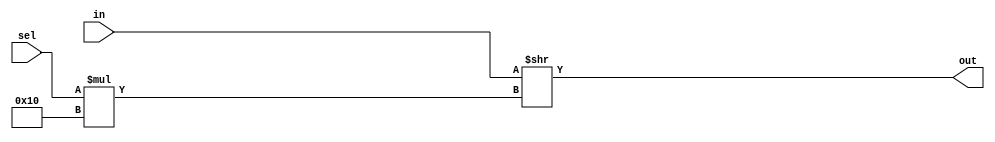
/*
 Copyright (c) 2020, Xilinx
 All rights reserved.

 Redistribution and use in source and binary forms, with or without
 modification, are permitted provided that the following conditions are met:

 * Redistributions of source code must retain the above copyright notice, this
   list of conditions and the following disclaimer.

 * Redistributions in binary form must reproduce the above copyright notice,
   this list of conditions and the following disclaimer in the documentation
   and/or other materials provided with the distribution.

 * Neither the name of FINN nor the names of its
   contributors may be used to endorse or promote products derived from
   this software without specific prior written permission.

 THIS SOFTWARE IS PROVIDED BY THE COPYRIGHT HOLDERS AND CONTRIBUTORS "AS IS"
 AND ANY EXPRESS OR IMPLIED WARRANTIES, INCLUDING, BUT NOT LIMITED TO, THE
 IMPLIED WARRANTIES OF MERCHANTABILITY AND FITNESS FOR A PARTICULAR PURPOSE ARE
 DISCLAIMED. IN NO EVENT SHALL THE COPYRIGHT HOLDER OR CONTRIBUTORS BE LIABLE
 FOR ANY DIRECT, INDIRECT, INCIDENTAL, SPECIAL, EXEMPLARY, OR CONSEQUENTIAL
 DAMAGES (INCLUDING, BUT NOT LIMITED TO, PROCUREMENT OF SUBSTITUTE GOODS OR
 SERVICES; LOSS OF USE, DATA, OR PROFITS; OR BUSINESS INTERRUPTION) HOWEVER
 CAUSED AND ON ANY THEORY OF LIABILITY, WHETHER IN CONTRACT, STRICT LIABILITY,
 OR TORT (INCLUDING NEGLIGENCE OR OTHERWISE) ARISING IN ANY WAY OUT OF THE USE
 OF THIS SOFTWARE, EVEN IF ADVISED OF THE POSSIBILITY OF SUCH DAMAGE.
*/

module mux
#(
    parameter NINPUTS = 1,
	parameter WIDTH = 16
)
(
	input [NINPUTS*WIDTH-1:0] in,
	output [WIDTH-1:0] out,
	input [$clog2(NINPUTS)-1:0] sel
);

assign out = in >> (sel*WIDTH);

endmodule